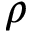
\rho